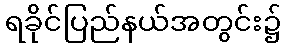
ရခိုင်ပြည်နယ်အတွင်း၌